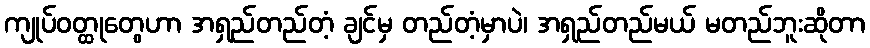
ကျုပ်ဝတ္ထုတွေဟာ အရှည်တည်တံ့ ချင်မှ တည်တံ့မှာပဲ၊ အရှည်တည်မယ် မတည်ဘူးဆိုတာ